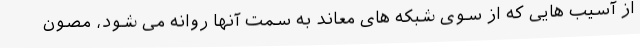
از آسیب هایی که از سوی شبکه های معاند به سمت آنها روانه می شود، مصون